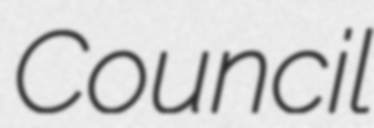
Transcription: Council